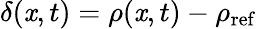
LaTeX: \delta(\mathit{x},t)=\rho(\mathit{x},t)-\rho_{\mathrm{{ref}}}